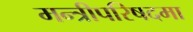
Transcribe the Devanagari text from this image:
मन्त्रीपरिषदमा